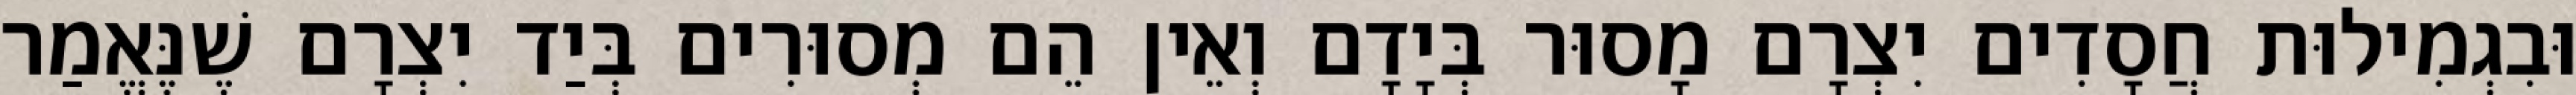
וּבִגְמִילוּת חֲסָדִים יִצְרָם מָסוּר בְּיָדָם וְאֵין הֵם מְסוּרִים בְּיַד יִצְרָם שֶׁנֶּאֱמַר